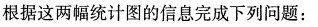
根据这两幅统计图的信息完成下列问题：